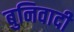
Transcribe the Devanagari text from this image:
बुनिवादी